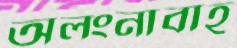
অলংনাবাহ